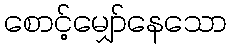
စောင့်မျှော်နေသော